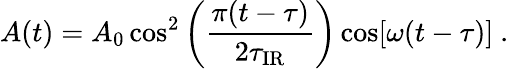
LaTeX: A(t)=A_{0}\cos^{2}\left({\frac{\pi(t-\tau)}{2\tau_{\mathrm{IR}}}}\right)\cos[\omega(t-\tau)]\ .